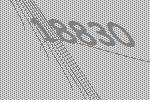
18830